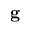
\mathbf { g }